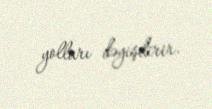
yolları dəyişdirir.